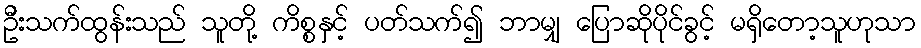
ဦးသက်ထွန်းသည် သူတို့ ကိစ္စနှင့် ပတ်သက်၍ ဘာမျှ ပြောဆိုပိုင်ခွင့် မရှိတော့သူဟုသာ